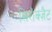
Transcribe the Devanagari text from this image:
सिरोक्ज़ैट